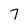
Character: 7